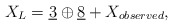
\begin{align*}X_{L}=\underline{3} \oplus \underline{8} +X_{observed},\end{align*}